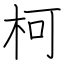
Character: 柯